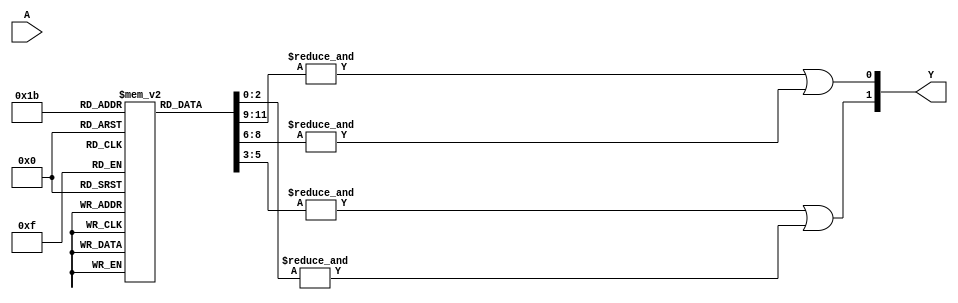
module PAL (
    input wire [N-1:0] A, // Input signals (A, B, C, ..., N)
    output wire [M-1:0] Y  // Output signals (Y1, Y2, ..., Ym)
);

// Parameters
parameter N = 3; // Number of input signals
parameter M = 2; // Number of output signals
parameter AND_GATES = 4; // Number of programmable AND gates
parameter OR_GATES = 2; // Number of fixed OR gates

// Programmable AND array
reg [N-1:0] and_inputs [0:AND_GATES-1]; // Connections to input signals for each AND gate
wire [AND_GATES-1:0] and_outputs; // Outputs of the AND gates

// Fixed OR array
wire [OR_GATES-1:0] or_outputs; // Outputs of the OR gates

// Define the AND gates
genvar i;
generate
    for (i = 0; i < AND_GATES; i = i + 1) begin : and_gate
        assign and_outputs[i] = &and_inputs[i]; // AND operation
    end
endgenerate

// Define the OR gates (fixed connections)
assign or_outputs[0] = and_outputs[0] | and_outputs[1]; // OR gate 1
assign or_outputs[1] = and_outputs[2] | and_outputs[3]; // OR gate 2

// Assign final outputs (Y1, Y2, ...)
assign Y[0] = or_outputs[0]; // Output Y1
assign Y[1] = or_outputs[1]; // Output Y2

// Programming method (for simulation purposes, you can set the connections here)
initial begin
    // Example programming of AND gates
    // and_inputs[0] = {A, B}; // AND gate 0 connects A and B
    // and_inputs[1] = {A, ~B}; // AND gate 1 connects A and NOT B
    // and_inputs[2] = {~A, B}; // AND gate 2 connects NOT A and B
    // and_inputs[3] = {~A, ~B}; // AND gate 3 connects NOT A and NOT B
    
    // This is where you would program the connections as needed.
    // In a real PAL, this would be done with fuses or antifuses.
end

endmodule